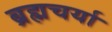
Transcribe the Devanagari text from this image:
ब्रह्मचर्या